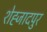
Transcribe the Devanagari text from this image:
शेह्जादपुर